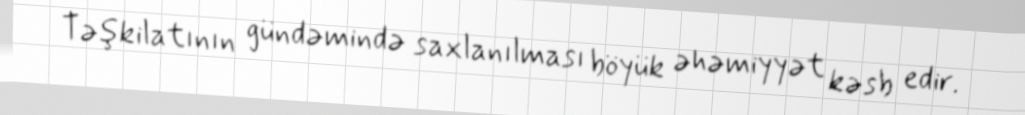
Təşkilatının gündəmində saxlanılması böyük əhəmiyyət kəsb edir.